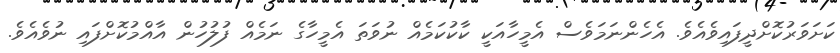
ކަށަވަރުކޮށްދީފައިވެއެވެ. އެހެންނަމަވެސް އެމީހާއަކީ ކާކުކަމެއް ނުވަތަ އެމީހާގެ ނަމެއް ފުލުހުން އާއްމުކޮށްފައި ނުވެއެވެ.